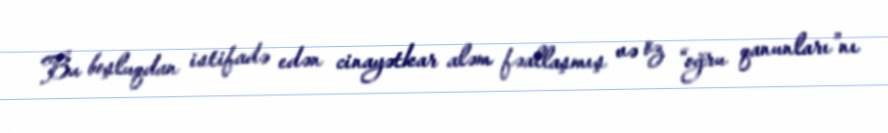
Bu boşluqdan istifadə edən cinayətkar aləm fəallaşmış və öz “oğru qanunları”nı